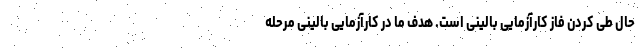
حال طی کردن فاز کارآزمایی بالینی است. هدف ما در کارآزمایی بالینی مرحله